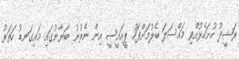
ރަޝީދު ހުށަހެޅުއްވި މައްސަލަ ބެލުމަށްފަހު ޕީއައީސީ އިން ނެރުނު ބަޔާނުގައި މައިގަނޑު ހަތަރު